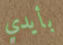
بأيدي